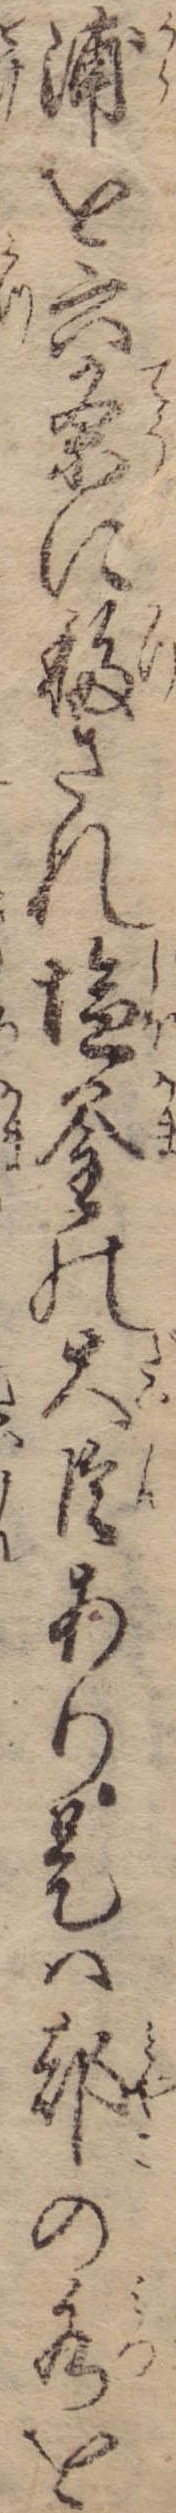
浦を六条に移され塩釜の大臣あり是は都の水を